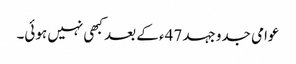
عوامی جدوجہد 47ء کے بعد کبھی نہیں ہوئی۔